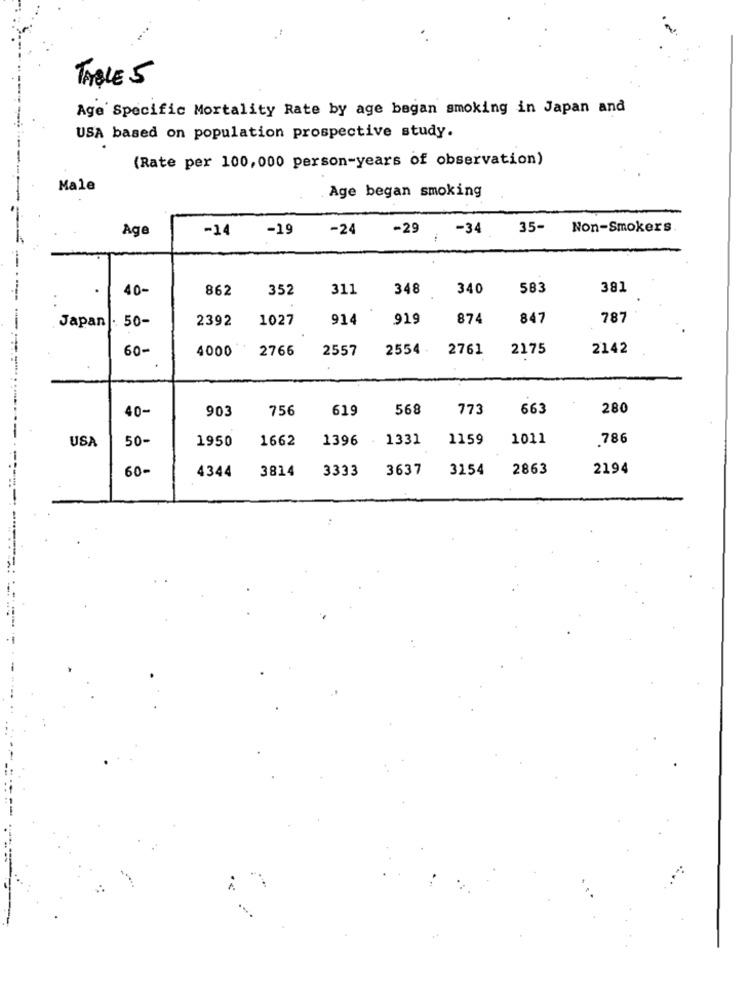
TABLE 5
Age Specific Mortality Rate by age began smoking in Japan and
USA based on population prospective study.
(Rate per 100,000 person-years of observation)
Male
Age began smoking
Age
-14
-19
-24
-29
-34
35-
Non-Smokers
40-
862
352
311
348
340
583
381
Japan . 50-
2392
1027
914
919
874
847
787
60-
4000
2766
2557
2554
2761
2175
2142
40-
903
756
619
568
773
663
280
USA
50-
1950
1662
1396
1331
1159
1011
786
60-
4344
3814
3333
3637
3154
2863
2194